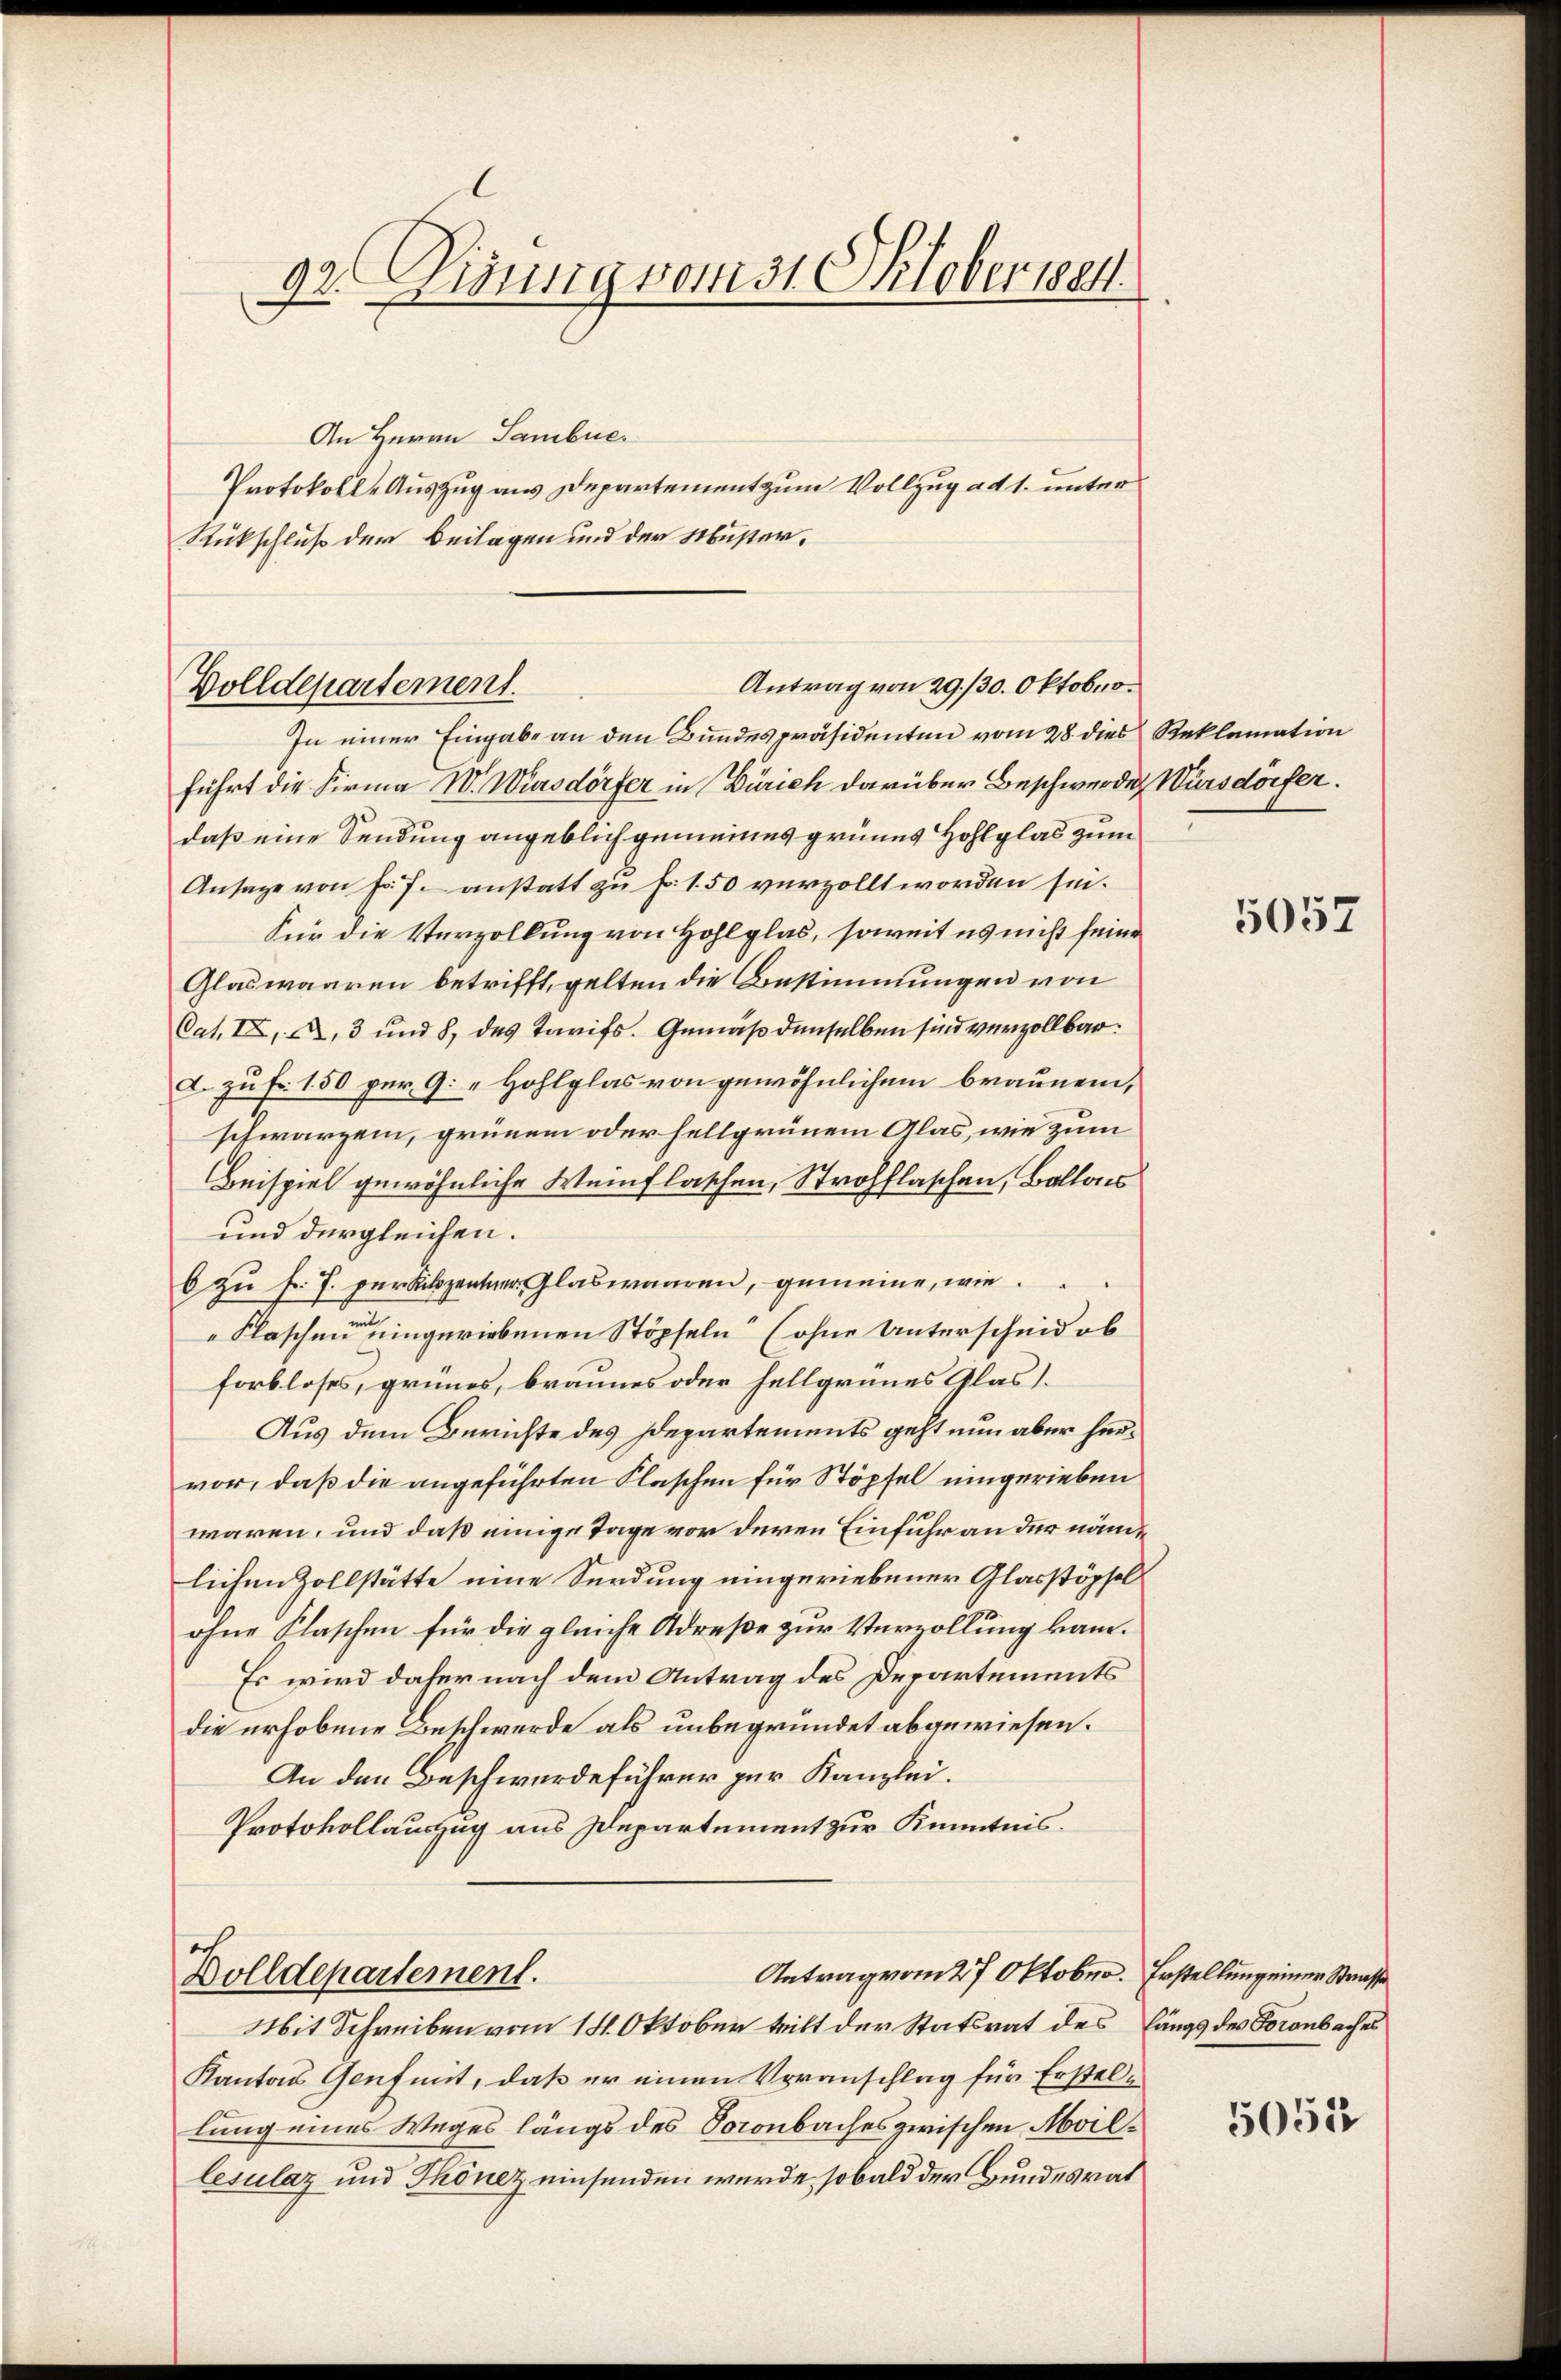
An Herrn Sambuc
Protokolle Auszug aus Departement zum Vollzug ad 1. unter
Rückschluß der Beilagen und der Muster¬

92. Jung vom 31. Oktober 1884.

Antrag von 29./30. Oktobro
Polldepartement.

In einer Eingabe an den Bundespräsidenten vom 28. dies Reklamation
führt die Firma IV. Wirsdörfer in Zürich darüber Beschwerde, Wursdörfer.
daß eine Sendung angeblich gemeines grünes Hohlplas zum
Ansage von Fr. f. anstatt zu f. 1.50 verzollt worden sie.
Für die Verzollung von Hohlglas, soweit es nicht seine
Glaswaaren betrifft, gelten die Bestimmungen von
Cat. IX, A, 3 und 8, des Tarifs. Gemäß denselben sind verzollbar.
a. zu Fr. 150 per 9. „Hohlglas von gewöhnlichem braunen,
schwarzen, grünem oder hellgrünem Alas, wie zum
Beispiel gewöhnliche Weinflaschen, Strohflaschen, Ballons
und dergleichen.
6 zu f. J. per Kitzentner Glaswaaren, gemeine, wie
Flaschen eingeriebenen Stöpfeln“ (ohne Unterscheid ob
forbloses, grünes, braunes oder hellgrünes Glas.
Aus dem Berichte des Departements geht nun aber hervor, daß die angeführten Flaschen für Stöpfel eingerieben
waren, und daß einige Tage vor deren Einfuhr an der nämlichen Zollstätte eine Sendung eingeriebener Glasstöpfel
ohne Klaschen für die gleiche Adreße zur Verzollung kam.
Es wird daher nach dem Antrag des Departements
die erhobene Beschwerde als unbegründet abgewiesen.
An den Beschwerdeführer zur Kanzlei.
Protokollauszug aus Departement zur Kenntnis.
ich
Antrag vom 27 Oktober. Erstellung einer Strasse
Dolldepartement.
Mit Schreiben vom 14. Oktober teilt der Statsrat des längs des Foronbaches
Kantons Genf mit, daß er einen Voranschlag für Erstellung eines Weges längs des Soronbaches zwischen Moillesulaz und Thönez einsenden wurde, sobald der Bundesrat

5057

5051